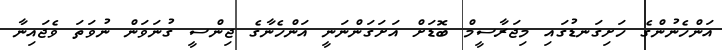
އަންހެނުންގެ ހަށިގަނޑުގައި މިޖަރާސީމް ބޮޑަށް އަށަގަންނަނީ އަންހެނާގެ ޖިންސީ ގުނަވަން ނުވަތަ ވެޖައިނާ